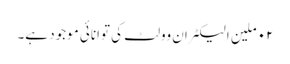
٠٢ ملین الیکٹران وولٹ کی توانائی موجود ہے۔